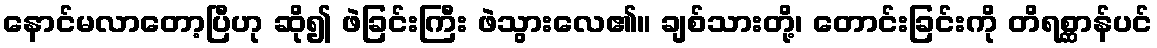
နောင်မလာတော့ပြီဟု ဆို၍ ဖဲခြင်းကြီး ဖဲသွားလေ၏။ ချစ်သားတို့၊ တောင်းခြင်းကို တိရစ္ဆာန်ပင်